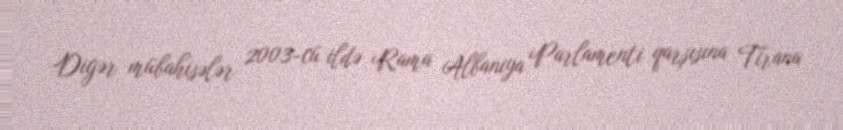
Digər mübahisələr 2003-cü ildə Rama Albaniya Parlamenti qarşısına Tirana